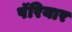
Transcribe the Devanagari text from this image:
पॅरियार